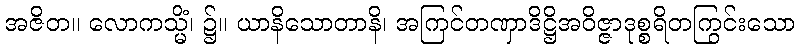
အဇိတ။ လောကသ္မိံ၊ ၌။ ယာနိသောတာနိ၊ အကြင်တဏှာဒိဋ္ဌိအဝိဇ္ဇာဒုစ္စရိတကြွင်းသော